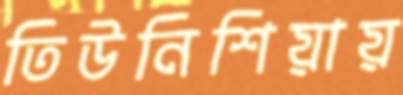
তিউনিশিয়ায়